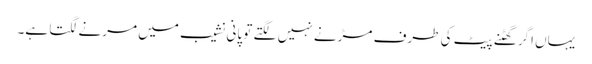
یہاں اگر گھٹنے پیٹ کی طرف مڑنے نہیں لگتے تو پانی نشیب میں مرنے لگتا ہے۔